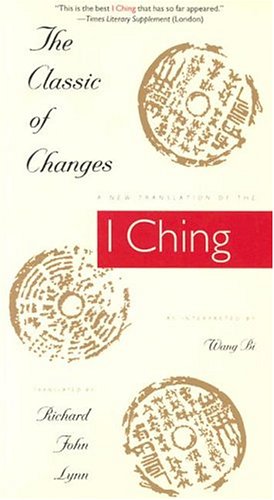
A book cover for The Classic of Changes: A New Translation of the I Ching as Interpreted by Wang Bi (Translations from the Asian Classic); Religion & Spirituality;